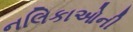
નલિકાઓની